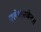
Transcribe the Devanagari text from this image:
एलेक्सजेन्डरा